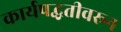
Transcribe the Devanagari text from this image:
कार्यपद्धतीवरून